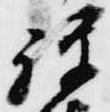
禅